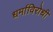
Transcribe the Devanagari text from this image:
धर्माविरोधी